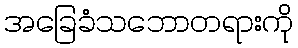
အခြေခံသဘောတရားကို